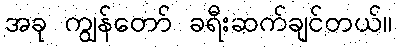
အခု ကျွန်တော် ခရီးဆက်ချင်တယ်။